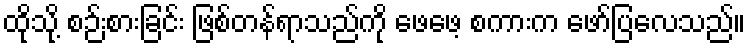
ထိုသို့ စဉ်းစားခြင်း ဖြစ်တန်ရာသည်ကို ဖေဖေ့ စကားက ဖော်ပြလေသည်။